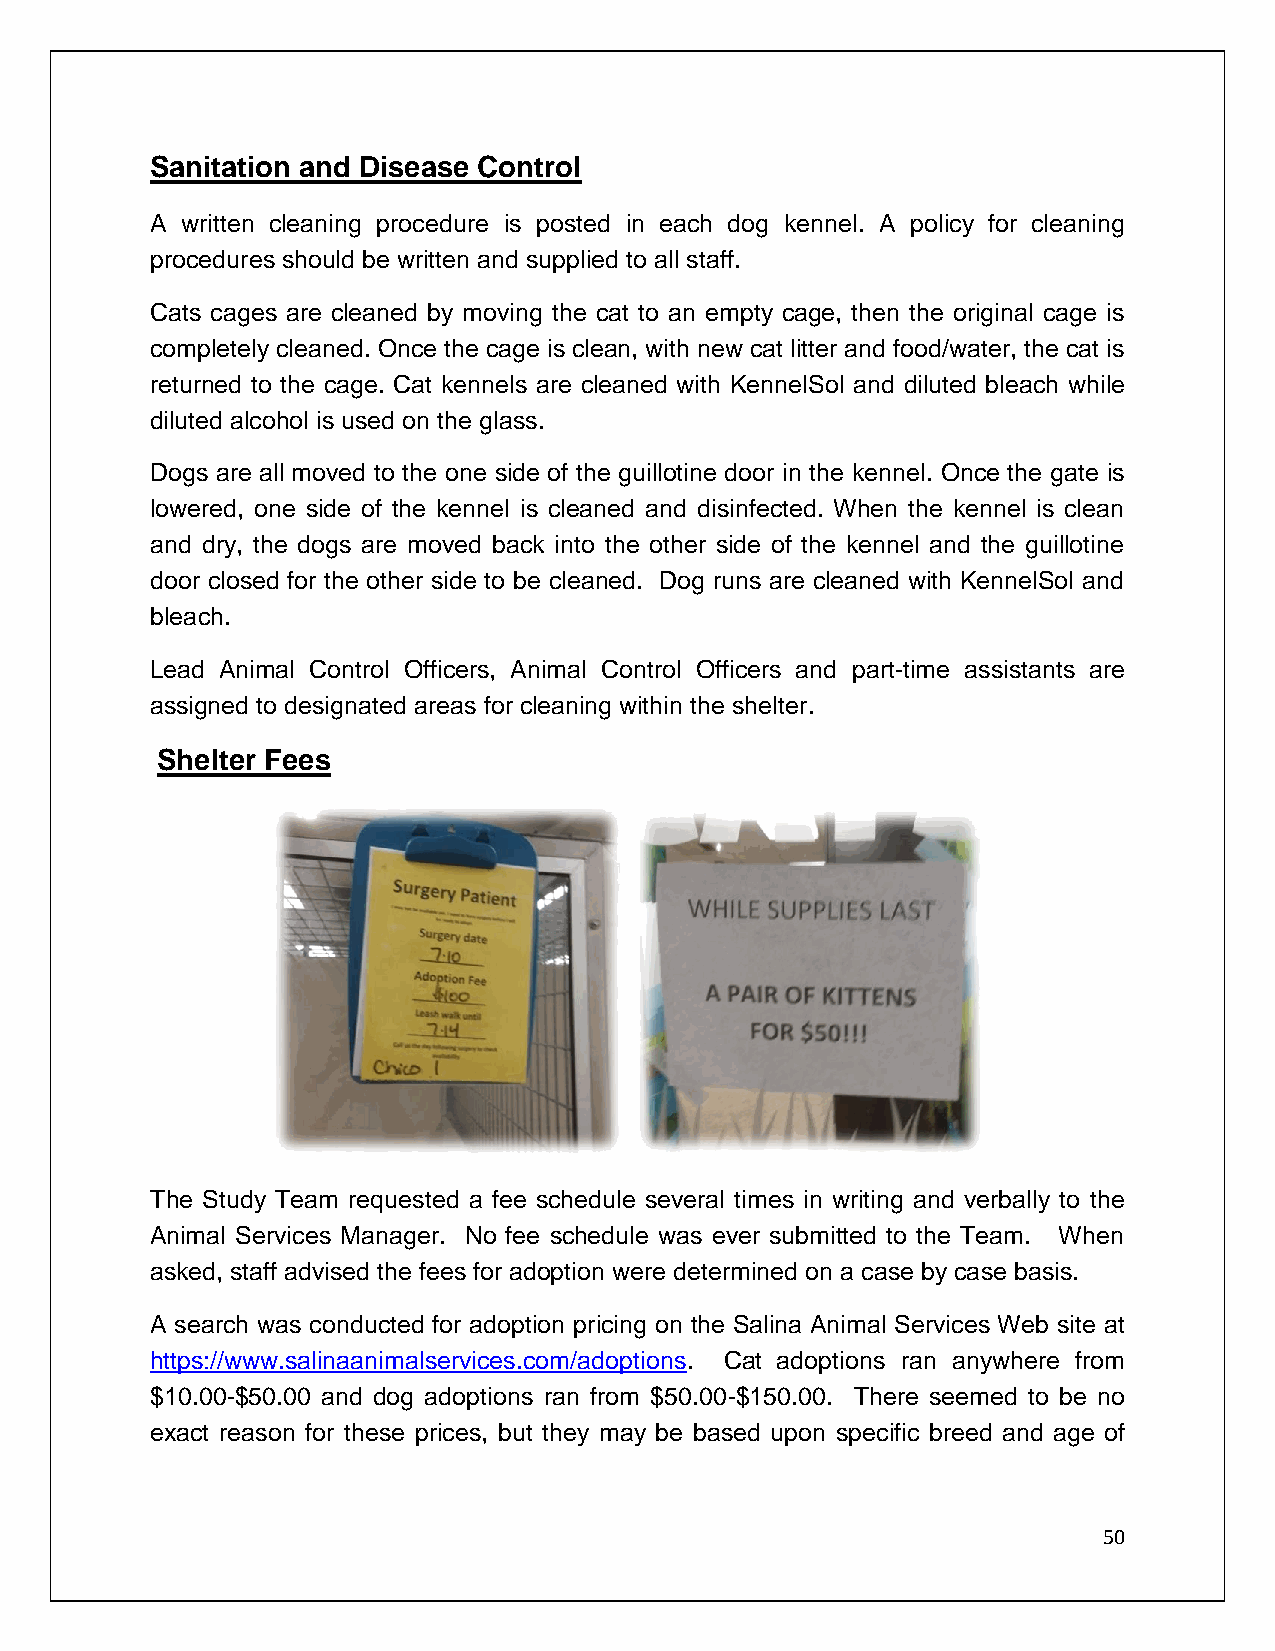
Sanitation and Disease Control
 A written cleaning procedure is posted in each dog kennel. A policy for cleaning
 procedures should be written and supplied to all staff.
 Cats cages are cleaned by moving the cat to an empty cage, then the original cage is
 completely cleaned. Once the cage is clean, with new cat litter and food/water, the cat is
 returned to the cage. Cat kennels are cleaned with KennelSol and diluted bleach while
 diluted alcohol is used on the glass.
 Dogs are all moved to the one side of the guillotine door in the kennel. Once the gate is
 lowered, one side of the kennel is cleaned and disinfected. When the kennel is clean
 and dry, the dogs are moved back into the other side of the kennel and the guillotine
 door closed for the other side to be cleaned. Dog runs are cleaned with KennelSol and
 bleach.
 Lead Animal Control Officers, Animal Control Officers and part-time assistants are
 assigned to designated areas for cleaning within the shelter.
 Shelter Fees
 The Study Team requested a fee schedule several times in writing and verbally to the
 Animal Services Manager. No fee schedule was ever submitted to the Team. When
 asked, staff advised the fees for adoption were determined on a case by case basis.
 A search was conducted for adoption pricing on the Salina Animal Services Web site at
 https://www.salinaanimalservices.com/adoptions. Cat adoptions ran anywhere from
 $10.00-$50.00 and dog adoptions ran from $50.00-$150.00. There seemed to be no
 exact reason for these prices, but they may be based upon specific breed and age of
 50